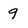
Character: 9